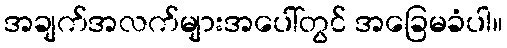
အချက်အလက်များအပေါ်တွင် အခြေမခံပါ။